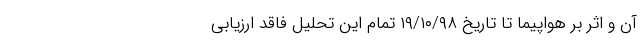
آن و اثر بر هواپیما تا تاریخ ۱۹/۱۰/۹۸ تمام این تحلیل فاقد ارزیابی